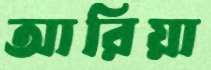
আরিয়া